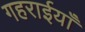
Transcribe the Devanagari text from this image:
गहराईयाँ